Civil Veterinary Department. Central Provinces & Berar 1925-31 - 1925-1931
Year: 1925
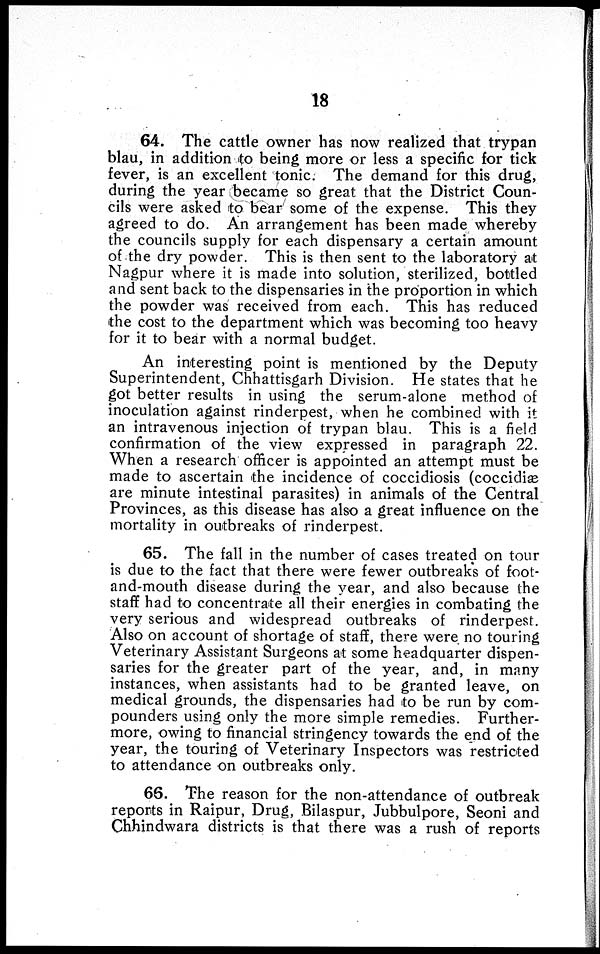
18
64. The cattle owner has now realized that trypan
blau, in addition to being more or less a specific for tick
fever, is an excellent tonic. The demand for this drug,
during the year became so great that the District Coun-
cils were asked to bear some of the expense. This they
agreed to do. An arrangement has been made whereby
the councils supply for each dispensary a certain amount
of the dry powder. This is then sent to the laboratory at
Nagpur where it is made into solution, sterilized, bottled
and sent back to the dispensaries in the proportion in which
the powder was received from each. This has reduced
the cost to the department which was becoming too heavy
for it to bear with a normal budget.
An interesting point is mentioned by the Deputy
Superintendent, Chhattisgarh Division. He states that he
got better results in using the serum-alone method of
inoculation against rinderpest, when he combined with it
an intravenous injection of trypan blau. This is a field
confirmation of the view expressed in paragraph 22.
When a research officer is appointed an attempt must be
made to ascertain the incidence of coccidiosis (coccidiæ
are minute intestinal parasites) in animals of the Central
Provinces, as this disease has also a great influence on the
mortality in outbreaks of rinderpest.
65. The fall in the number of cases treated on tour
is due to the fact that there were fewer outbreaks of foot-
and-mouth disease during the year, and also because the
staff had to concentrate all their energies in combating the
very serious and widespread outbreaks of rinderpest.
Also on account of shortage of staff, there were no touring
Veterinary Assistant Surgeons at some headquarter dispen-
saries for the greater part of the year, and, in many
instances, when assistants had to be granted leave, on
medical grounds, the dispensaries had to be run by com-
pounders using only the more simple remedies. Further-
more, owing to financial stringency towards the end of the
year, the touring of Veterinary Inspectors was restricted
to attendance on outbreaks only.
66. The reason for the non-attendance of outbreak
reports in Raipur, Drug, Bilaspur, Jubbulpore, Seoni and
Chhindwara districts is that there was a rush of reports